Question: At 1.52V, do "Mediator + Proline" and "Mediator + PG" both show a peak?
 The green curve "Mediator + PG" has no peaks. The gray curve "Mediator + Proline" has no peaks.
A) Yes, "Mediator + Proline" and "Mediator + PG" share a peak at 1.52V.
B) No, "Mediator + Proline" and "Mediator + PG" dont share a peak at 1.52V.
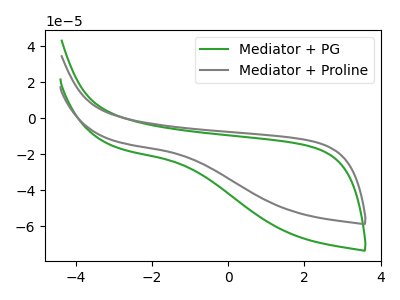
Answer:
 <answer>B) No, "Mediator + Proline" and "Mediator + PG" dont share a peak at 1.52V.</answer>
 <eval>B</eval>